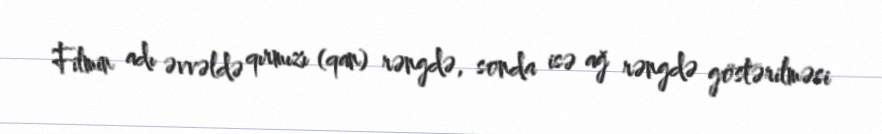
Filmin adı əvvəldə qırmızı (qan) rəngdə, sonda isə ağ rəngdə göstərilməsi